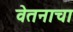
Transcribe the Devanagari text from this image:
वेतनाचा